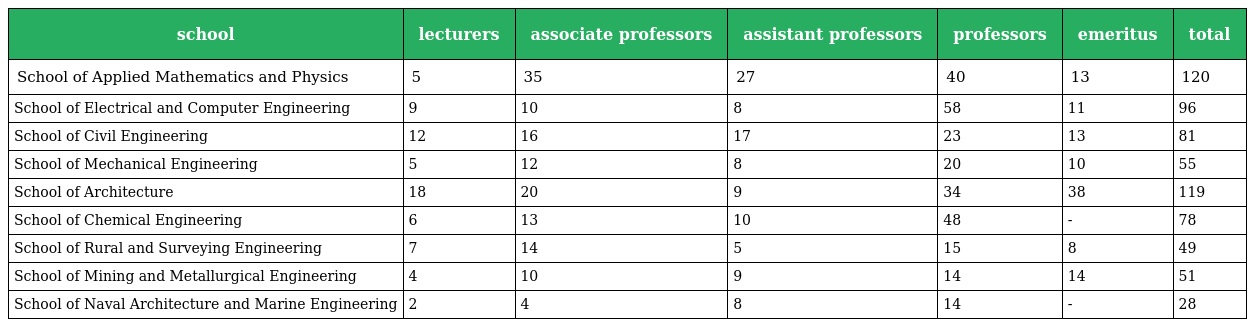
| school | lecturers | associate professors | assistant professors | professors | emeritus | total |
 | --- | --- | --- | --- | --- | --- | --- |
 | School of Applied Mathematics and Physics | 5 | 35 | 27 | 40 | 13 | 120 |
 | School of Electrical and Computer Engineering | 9 | 10 | 8 | 58 | 11 | 96 |
 | School of Civil Engineering | 12 | 16 | 17 | 23 | 13 | 81 |
 | School of Mechanical Engineering | 5 | 12 | 8 | 20 | 10 | 55 |
 | School of Architecture | 18 | 20 | 9 | 34 | 38 | 119 |
 | School of Chemical Engineering | 6 | 13 | 10 | 48 | - | 78 |
 | School of Rural and Surveying Engineering | 7 | 14 | 5 | 15 | 8 | 49 |
 | School of Mining and Metallurgical Engineering | 4 | 10 | 9 | 14 | 14 | 51 |
 | School of Naval Architecture and Marine Engineering | 2 | 4 | 8 | 14 | - | 28 |